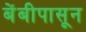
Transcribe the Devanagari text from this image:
बेंबीपासून